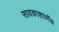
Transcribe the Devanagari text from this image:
सावकाशपणेंच